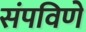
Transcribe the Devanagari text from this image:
संपविणे